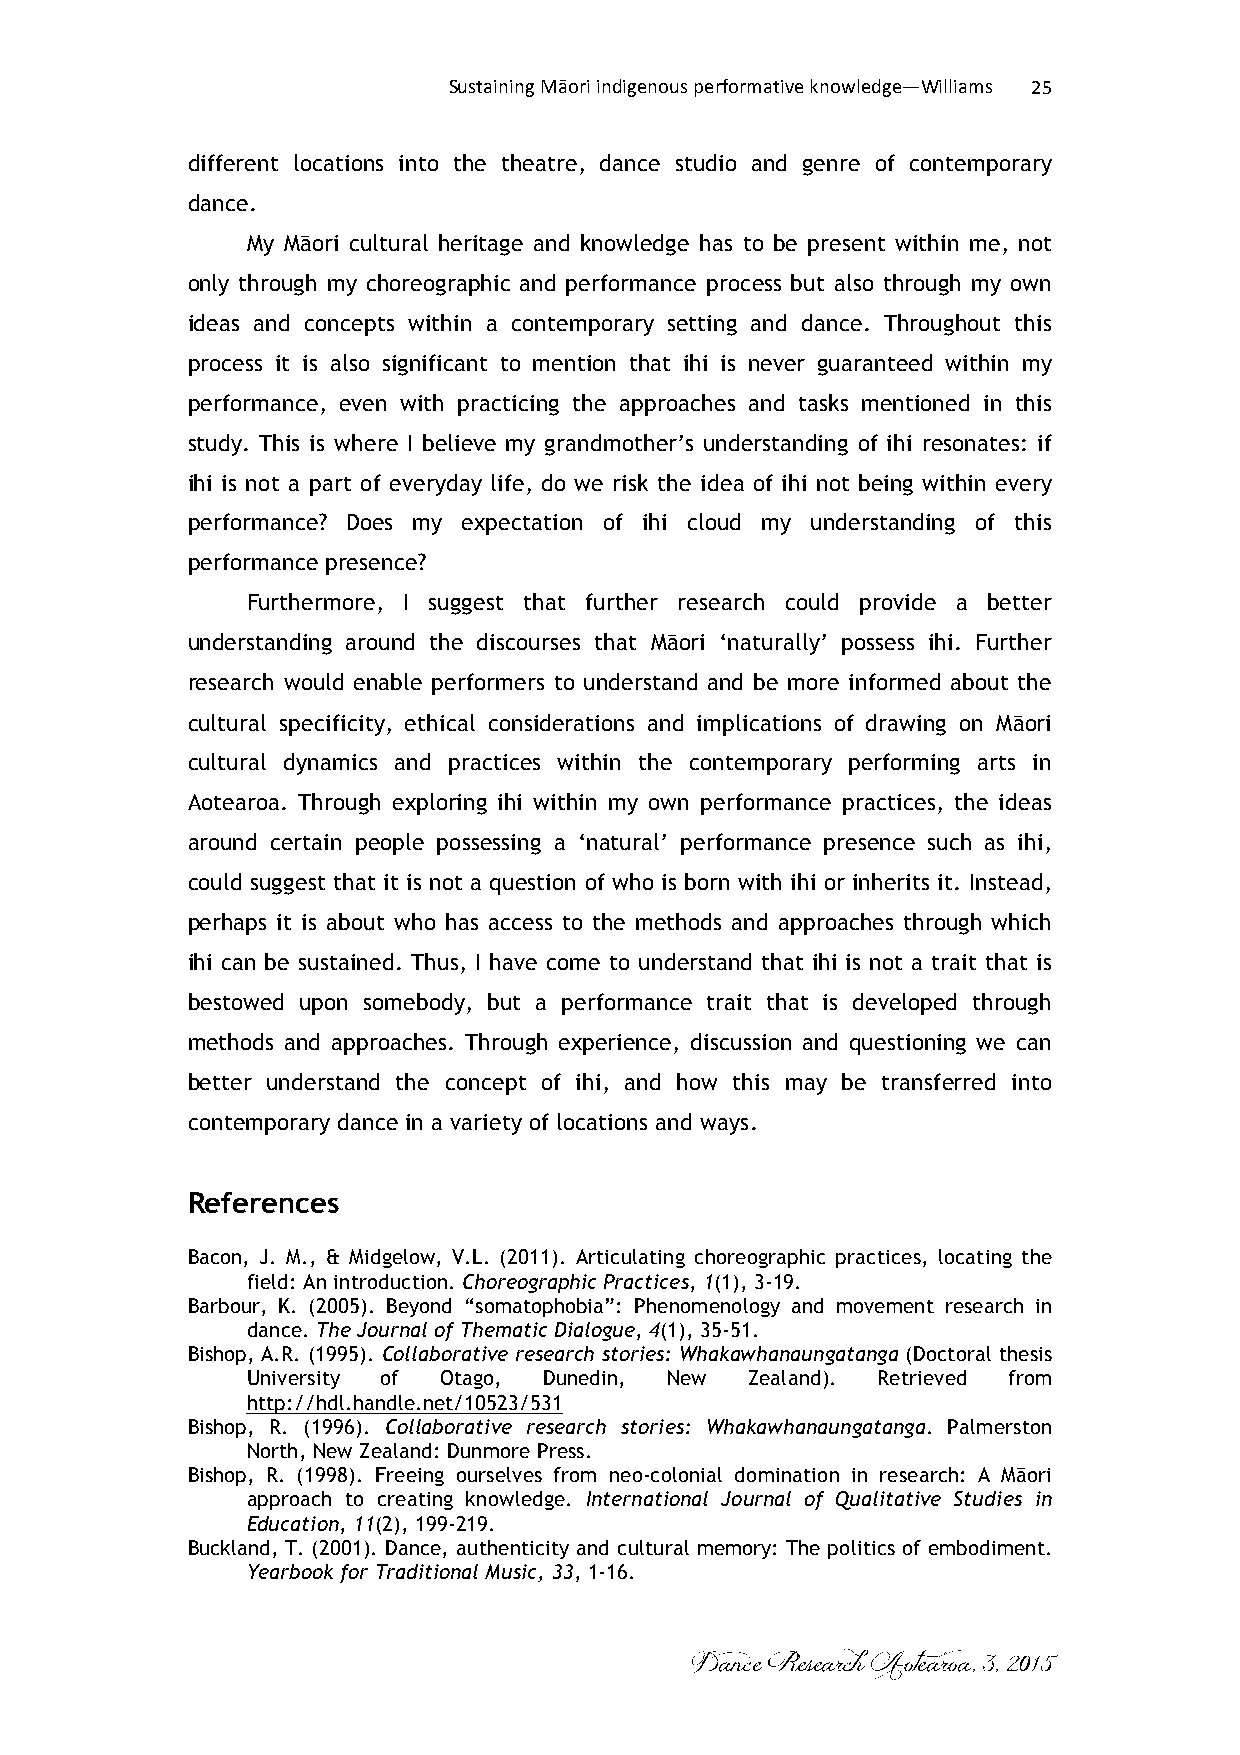
Sustaining Māori indigenous performative knowledge—Williams 25
 different locations into the theatre, dance studio and genre of contemporary
 dance.
 My Māori cultural heritage and knowledge has to be present within me, not
 only through my choreographic and performance process but also through my own
 ideas and concepts within a contemporary setting and dance. Throughout this
 process it is also significant to mention that ihi is never guaranteed within my
 performance, even with practicing the approaches and tasks mentioned in this
 study. This is where I believe my grandmother’s understanding of ihi resonates: if
 ihi is not a part of everyday life, do we risk the idea of ihi not being within every
 performance? Does my expectation of ihi cloud my understanding of this
 performance presence?
 Furthermore, I suggest that further research could provide a better
 understanding around the discourses that Māori ‘naturally’ possess ihi. Further
 research would enable performers to understand and be more informed about the
 cultural specificity, ethical considerations and implications of drawing on Māori
 cultural dynamics and practices within the contemporary performing arts in
 Aotearoa. Through exploring ihi within my own performance practices, the ideas
 around certain people possessing a ‘natural’ performance presence such as ihi,
 could suggest that it is not a question of who is born with ihi or inherits it. Instead,
 perhaps it is about who has access to the methods and approaches through which
 ihi can be sustained. Thus, I have come to understand that ihi is not a trait that is
 bestowed upon somebody, but a performance trait that is developed through
 methods and approaches. Through experience, discussion and questioning we can
 better understand the concept of ihi, and how this may be transferred into
 contemporary dance in a variety of locations and ways.
 References
 Bacon, J. M., & Midgelow, V.L. (2011). Articulating choreographic practices, locating the
 field: An introduction. Choreographic Practices, 1(1), 3-19.
 Barbour, K. (2005). Beyond “somatophobia”: Phenomenology and movement research in
 dance. The Journal of Thematic Dialogue, 4(1), 35-51.
 Bishop, A.R. (1995). Collaborative research stories: Whakawhanaungatanga (Doctoral thesis
 University of Otago, Dunedin, New Zealand). Retrieved from
 http://hdl.handle.net/10523/531
 Bishop, R. (1996). Collaborative research stories: Whakawhanaungatanga. Palmerston
 North, New Zealand: Dunmore Press.
 Bishop, R. (1998). Freeing ourselves from neo-colonial domination in research: A Māori
 approach to creating knowledge. International Journal of Qualitative Studies in
 Education, 11(2), 199-219.
 Buckland, T. (2001). Dance, authenticity and cultural memory: The politics of embodiment.
 Yearbook for Traditional Music, 33, 1-16.
 Dance Research Aotearoa, 3, 2015